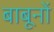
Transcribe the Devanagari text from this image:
बाबूनों